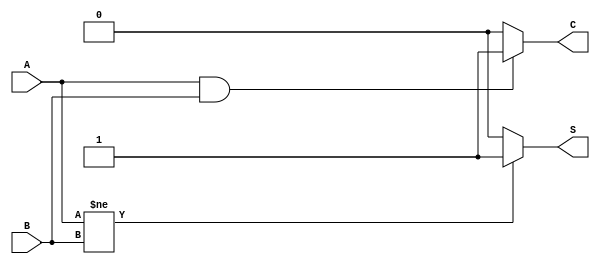
module halfadder (output reg S,C,input A,B);
    always @(A or B) begin
        if (A!=B) begin 
            S=1'b1;
        end
        else
            S=1'b0;
        
        if (A==1'b1 & B==1'b1) begin
            C=1'b1;
        end
        else
            C=1'b0;
    end
endmodule

module fulladder (output Sum,Carry,input A,B,C);
    wire sum1,carry1,sum2,carry2;
    halfadder a (sum1,carry1,A,B);
    halfadder b (sum2,carry2,sum1,C);
    assign Sum=sum2;
    assign Carry=carry1|carry2;
endmodule

module testbench;
    reg A, B, cin;
    wire sum, carry;

    fulladder i (sum, carry, A, B, cin);
    initial begin
        $display("a0 b0 cin | sum cout");
        $monitor("%b  %b  %b |  %b   %b", A, B, cin, sum, carry);

        // Test cases
        A = 0; B = 0; cin = 0; #10;
        A = 0; B = 0; cin = 1; #10;
        A = 0; B = 1; cin = 0; #10;
        A = 0; B = 1; cin = 1; #10;
        A = 1; B = 0; cin = 0; #10;
        A = 1; B = 0; cin = 1; #10;
        A = 1; B = 1; cin = 0; #10;
        A = 1; B = 1; cin = 1; #10;

        $finish;
    end
endmodule